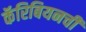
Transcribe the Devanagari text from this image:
कॅरिबियनची